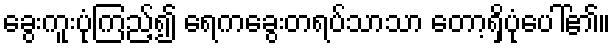
ခွေးကူးပုံကြည့်၍ ရေကခွေးတရပ်သာသာ တော့ရှိပုံပေါ်၏။